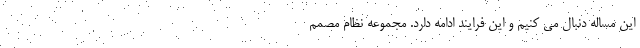
این مساله دنبال می کنیم و این فرایند ادامه دارد. مجموعه نظام مصمم